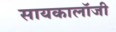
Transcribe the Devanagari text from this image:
सायकालॉजी